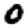
Digit: 0